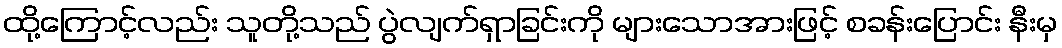
ထို့ကြောင့်လည်း သူတို့သည် ပွဲလျက်ရှာခြင်းကို များသောအားဖြင့် စခန်းပြောင်း နီးမှ